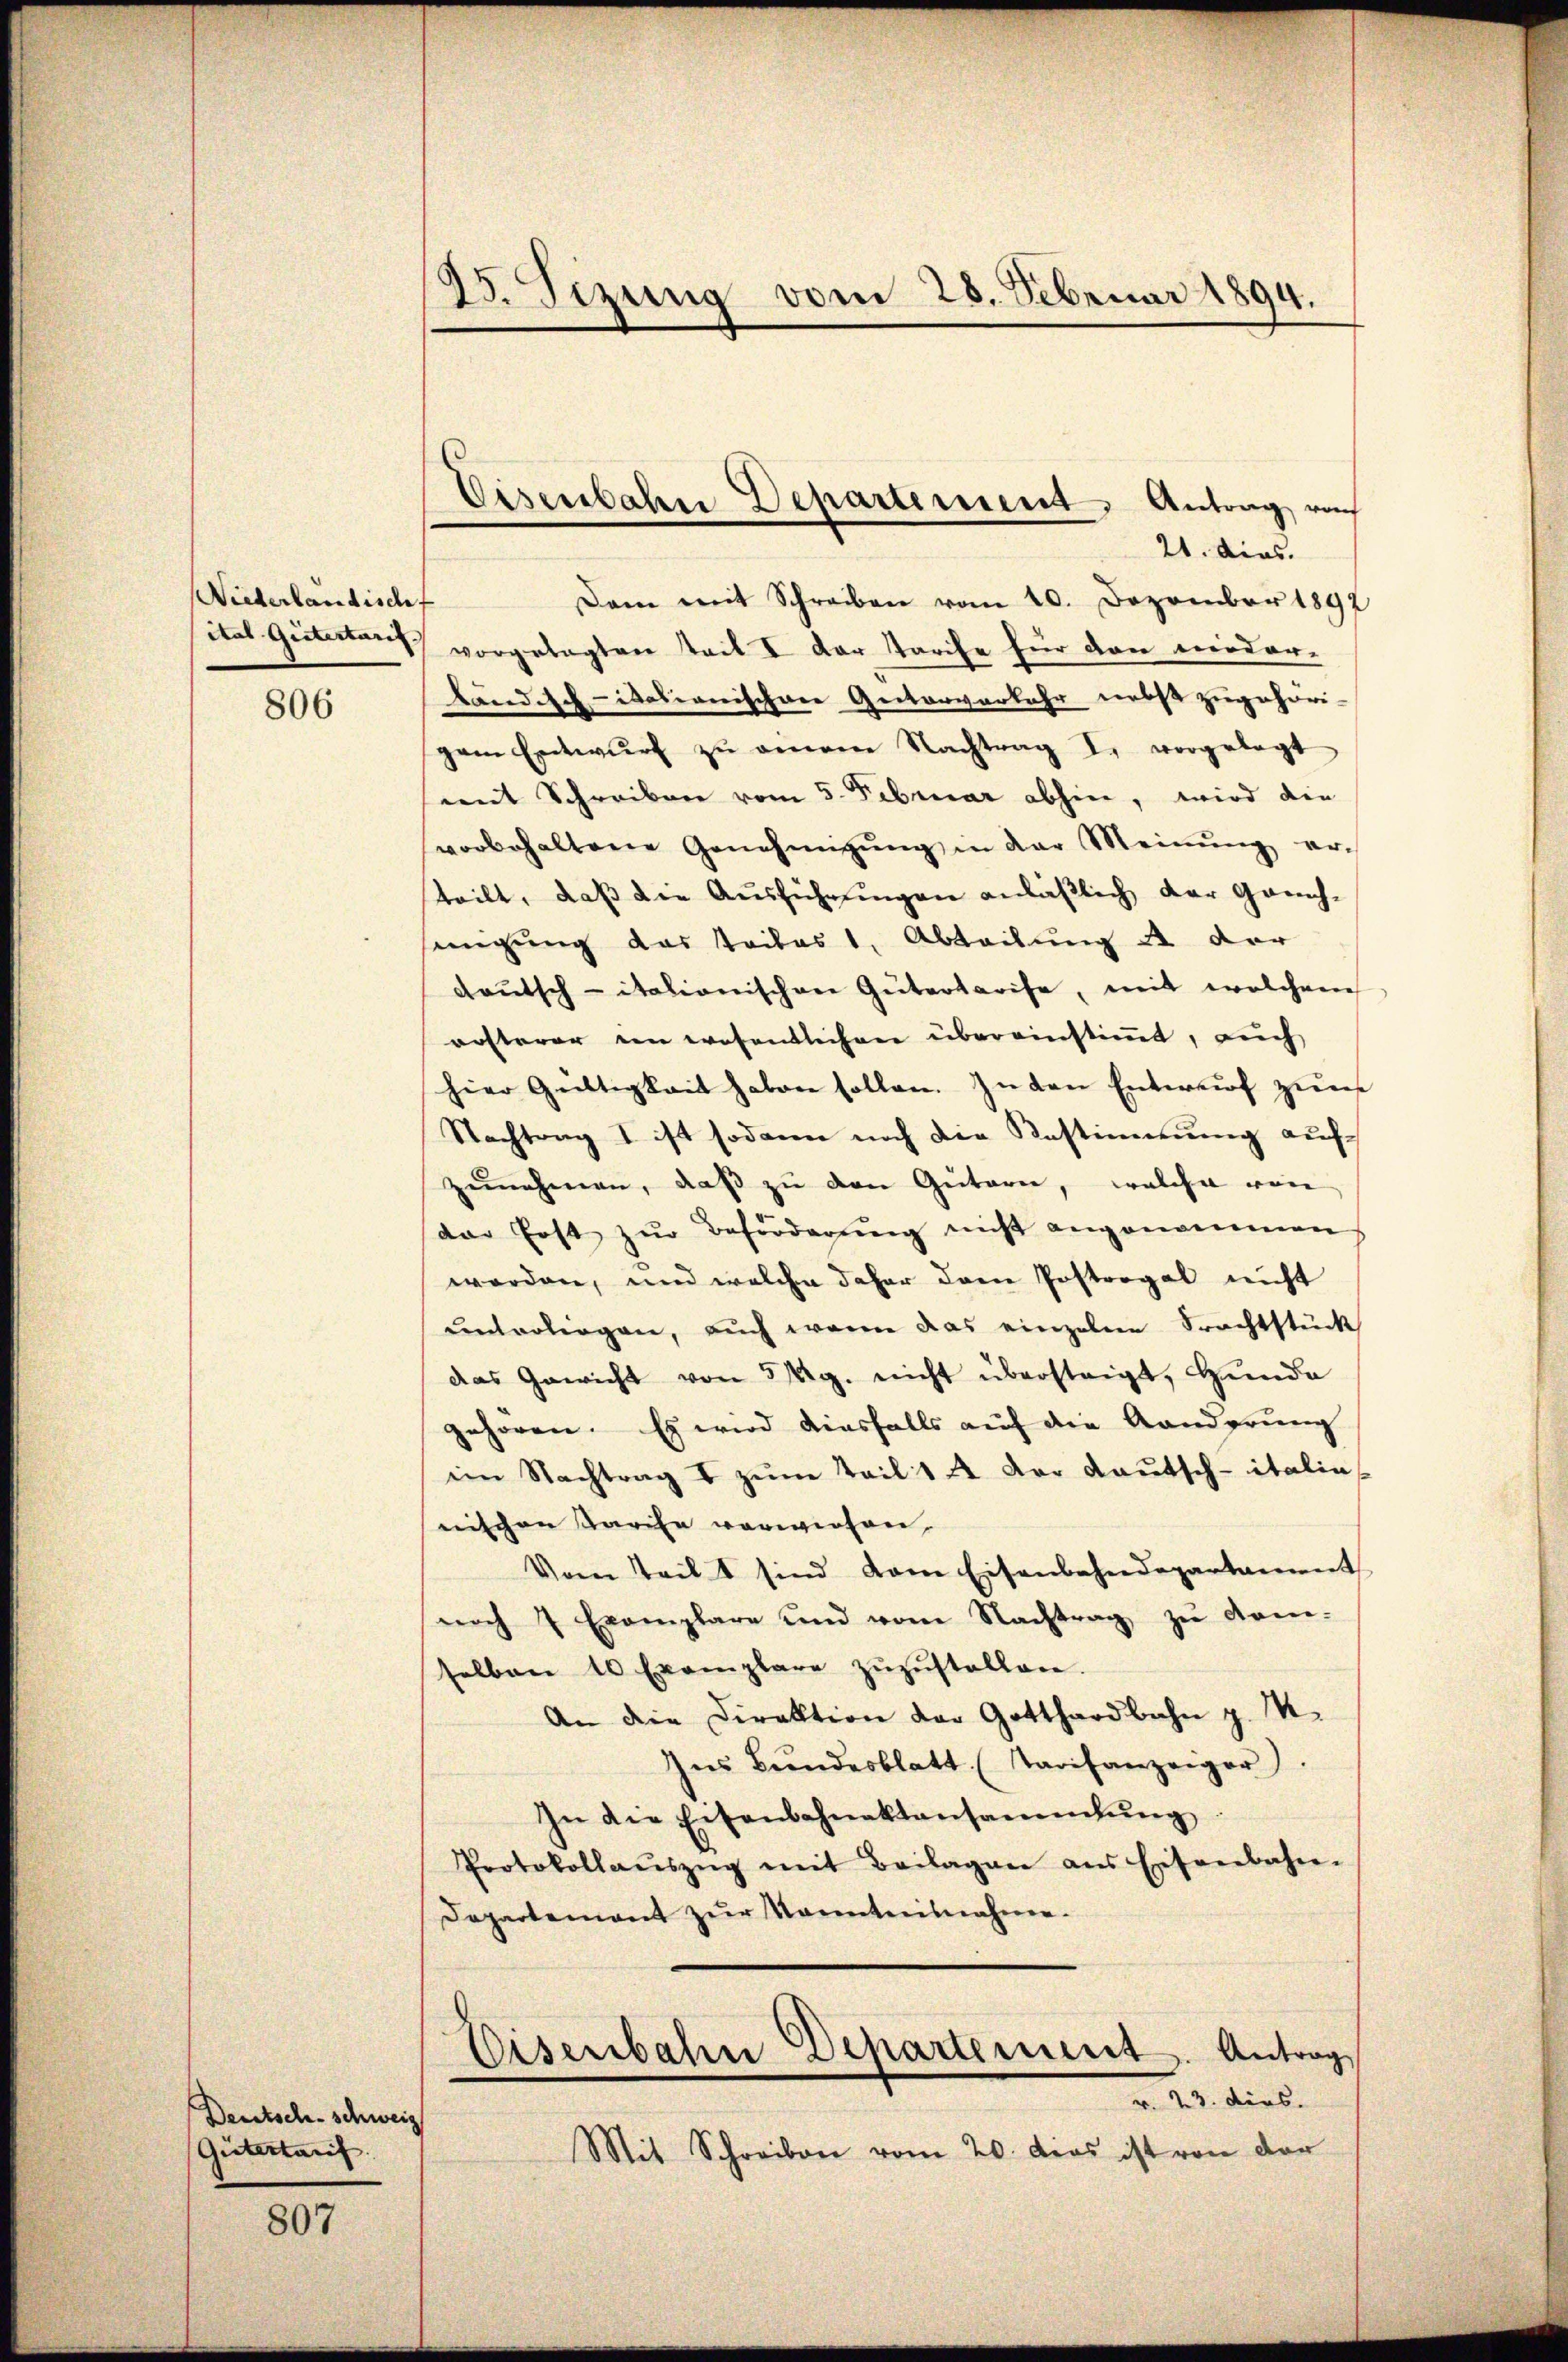
Niederländisch
ital Giitertarit

806

Deutsch-schweiz
Giitertarif

807

23. Sezung vom 28. Februar 1894.

Eisenbahne Departement, Antrag vo
21. dies.

Dam mit Schreiben vom 10. Dezember 1892
vorgelegten tail I der Tarife für von niederländisch-idosionischere Gesterverkehr nebst zugehöri-
gem Entwŭrf zŭ omnem Nachtrag d. vorgelegt
mit Schreiben vom 5. Februar abhin, wird die
vorbehaltene Genehmigŭng in der Meinŭng er-
teilt, daß die Ausführungen anläßlich der Grünhsingung das Teiles 1, Abteilung 2 der
deŭtsch-italionischen Gütertarise, mit welchem
orsterer ein wesentlichen übereinstimmt, auch
hier Gültigkeit haben sollen. In den Entwurf zum
Nachtrag I ist sodann noch die Bestimmung auf
zŭnehmen, daβ zŭ den Gütern, welche von
der Erst zŭr Beförderŭng nicht angenommen
worden, und welche daher dem Postregal nicht
ŭnterliegen, aŭch wenn das einzelne Frachtstück
das Gewicht von 3 g. nicht übersteigt, Hunde
gehören. Es wird diesfalls auf die Aenderung
im Nachtrag I zum Teil 14 der Kautsch-italin,
nischen Tarife verwiesen,
Vom Teil sind kam Eisenbahndepartament
noch 7 Exemplare und vom Nachtrag zu Kom-
selben 10 Exemplare zŭzŭstellen.
An die Direktion der Gotthardbahn z. M.
Ins Bŭndesblatt (Tarifanzeiger.
In die Eisenbahnaktansammlung:
Protokollaŭszŭg mit Beilagen ans Eisenbahn-
Departement zŭr Sonntnisnahme.
Eisenbahn Departement. Antrag
r. 23. ders.
Mit Schreiben vom 20. dies ist von der